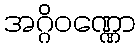
အဂ္ဂိဝဏ္ဏော